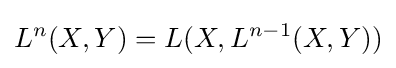
L^{n}(X,Y)=L(X,L^{n-1}(X,Y))